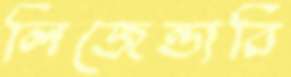
লিজেন্ডারি